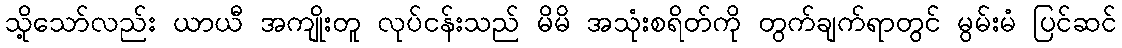
သို့သော်လည်း ယာယီ အကျိုးတူ လုပ်ငန်းသည် မိမိ အသုံးစရိတ်ကို တွက်ချက်ရာတွင် မွမ်းမံ ပြင်ဆင်